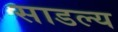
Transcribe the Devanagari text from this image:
साडल्य